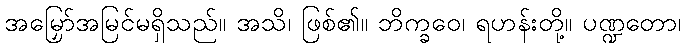
အမြှော်အမြင်မရှိသည်။ အသိ၊ ဖြစ်၏။ ဘိက္ခဝေ၊ ရဟန်းတို့။ ပဏ္ဍတော၊